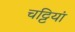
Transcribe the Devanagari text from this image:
चट्टियां